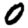
Digit: 0